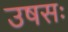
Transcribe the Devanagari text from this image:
उषसः